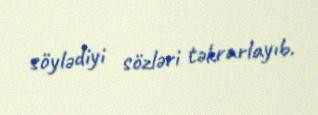
söylədiyi sözləri təkrarlayıb.